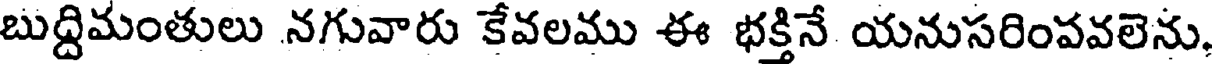
బుద్దిమంతులు నగువారు కేవలము ఈ భక్తినే యనుసరింపవలెను,